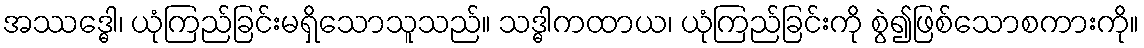
အဿဒ္ဓေါ၊ ယုံကြည်ခြင်းမရှိသောသူသည်။ သဒ္ဓါကထာယ၊ ယုံကြည်ခြင်းကို စွဲ၍ဖြစ်သောစကားကို။